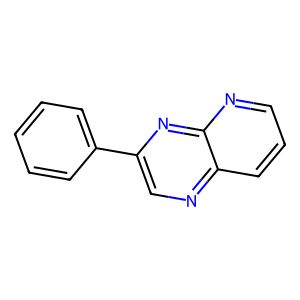
SMILES: c1ccc(-c2cnc3cccnc3n2)cc1
Inhibits HIV replication: No